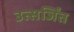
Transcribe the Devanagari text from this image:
उत्सर्जिंत